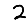
Digit: 2